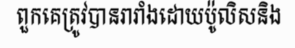
ពួកគេត្រូវបានរារាំងដោយប៉ូលិសនិង